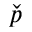
\check { p }